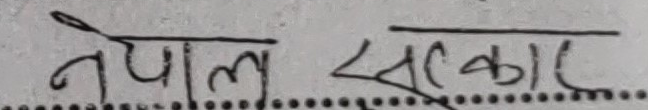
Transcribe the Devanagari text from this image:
नेपाल सरकार